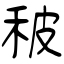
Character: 秛